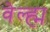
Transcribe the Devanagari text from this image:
वेल्ह्म